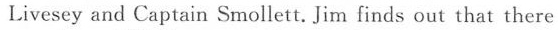
Livesey and Captain Smollett. Jim finds out that there